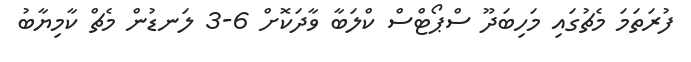
ފުރަތަމަ މެޗުގައި މަހިބަދޫ ސްޕޯޓްސް ކްލަބާ ވާދަކޮށް 6-3 ލަނޑުން މެޗް ކާމިޔާބު